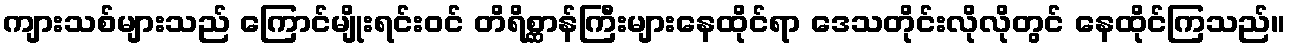
ကျားသစ်များသည် ကြောင်မျိုးရင်းဝင် တိရိစ္ဆာန်ကြီးများနေထိုင်ရာ ဒေသတိုင်းလိုလိုတွင် နေထိုင်ကြသည်။